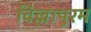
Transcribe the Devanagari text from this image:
विल्लापुरम